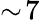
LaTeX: \sim\! 7